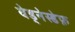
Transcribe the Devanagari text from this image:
वेड्नेस्डेफ़